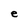
Character: e